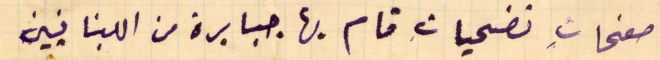
صفحاتِ تضحياتِ قام بها جبابرة من اللبنانيين